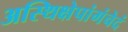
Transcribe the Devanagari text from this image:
अस्थिक्षेपांगंचेदं